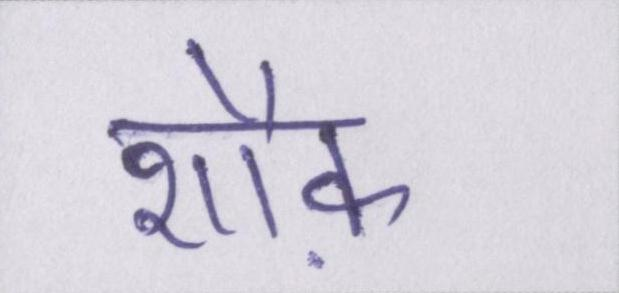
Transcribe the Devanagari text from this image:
शौक़